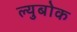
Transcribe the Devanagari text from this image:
ल्युबोक